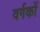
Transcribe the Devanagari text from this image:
वर्गकों